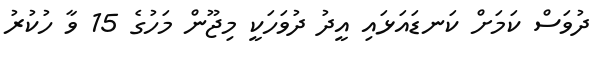
ދުވަސް ކަމަށް ކަނޑައަޅައި އީދު ދުވަހަކީ މިޖޫން މަހުގެ 15 ވާ ހުކުރު